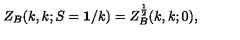
Z _ { B } ( k , k ; S = { \bf 1 } / k ) = Z _ { B } ^ { \frac { 1 } { 2 } } ( k , k ; 0 ) ,